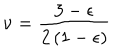
LaTeX: \nu = { \frac { 3 - \epsilon } { 2 \left( 1 - \epsilon \right) } }